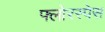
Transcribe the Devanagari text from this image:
फ्लोरस्पेस